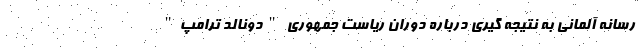
رسانه آلمانی به نتیجه گیری درباره دوران ریاست جمهوری "دونالد ترامپ"